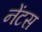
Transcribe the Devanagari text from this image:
नेंटस